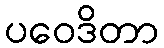
ပဝေဒိတာ